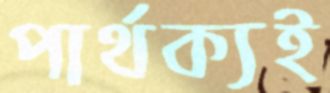
পার্থক্যই